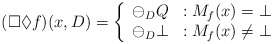
\begin{align*} (\Box \Diamond f) (x, D) = \left\{ \begin{array}{lr} \ominus_D Q & : M_f(x) = \bot \\ \ominus_D \bot & : M_f(x) \neq \bot \end{array} \right.\end{align*}